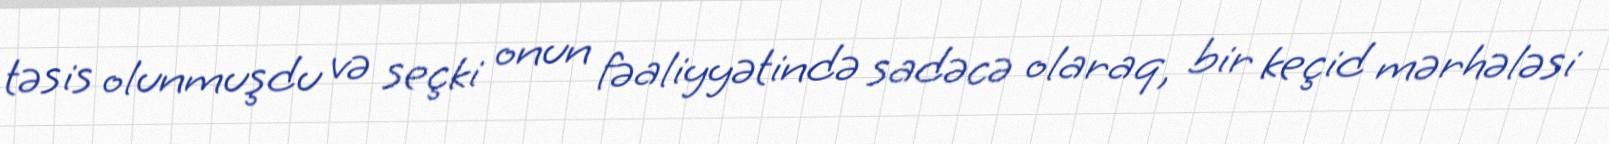
təsis olunmuşdu və seçki onun fəaliyyətində sadəcə olaraq, bir keçid mərhələsi